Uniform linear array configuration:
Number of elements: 32
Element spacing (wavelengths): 0.75
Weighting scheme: exponential
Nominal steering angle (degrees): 15
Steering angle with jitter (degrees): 13.354
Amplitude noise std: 0.05
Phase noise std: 0.05

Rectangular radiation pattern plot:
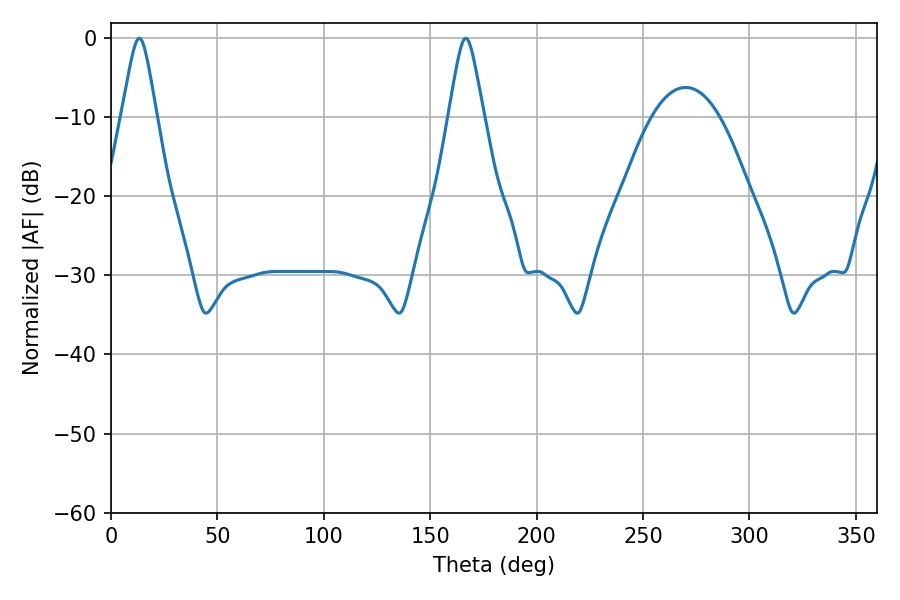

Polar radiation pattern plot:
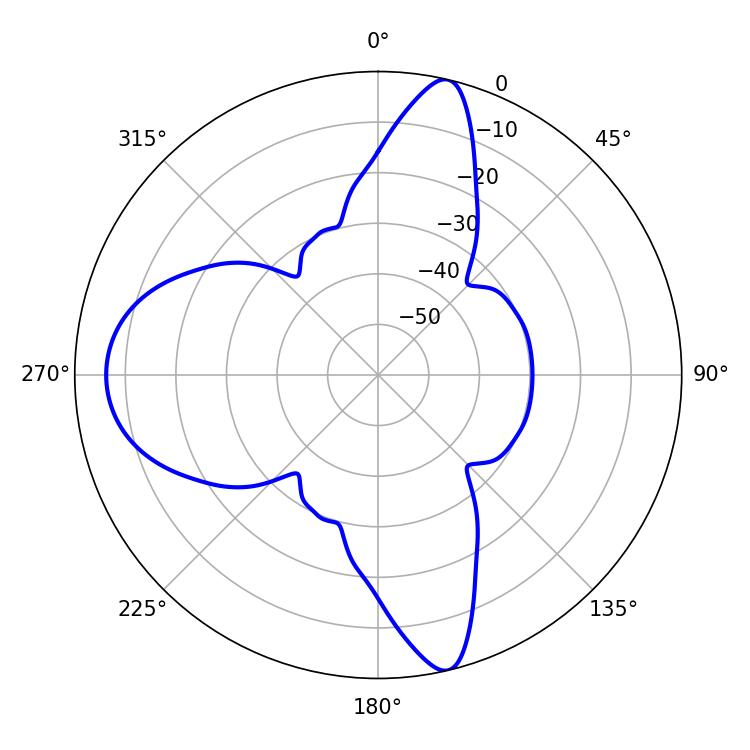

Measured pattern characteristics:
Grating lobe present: TRUE
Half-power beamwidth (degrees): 7.74
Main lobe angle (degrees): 13.32